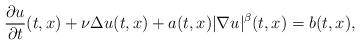
LaTeX: \begin{align*} \frac{\partial u} {\partial t} (t,x) + \nu \Delta u(t,x) + a(t,x )|\nabla u|^\beta(t,x)= b(t,x),\end{align*}